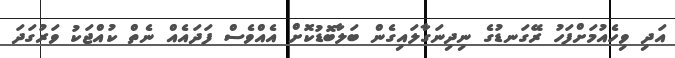
އަދި ވިހެއުމަށްފަހު ރޭގަނޑުގެ ނިދިނަގާލައިގެން ބަލާބޮޑުކޮށް އެއްވެސް ފަދައެއް ނެތް ކުއްޖަކު ވަރުގަދަ